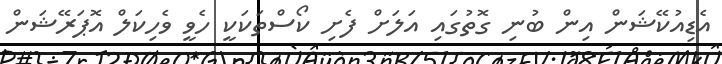
އެޑިއުކޭޝަން އިން ބުނި ގޮތުގައި އަލަށް ފެށި ކޯސްތަކަކީ ހެވީ ވެހިކަލް އޮޕަރޭޝަން